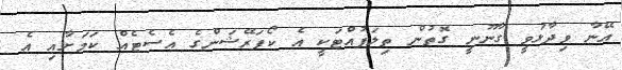
އޭނާ ވިދާޅުވީ ގާނޫނީ ގޮތުން ތިލަފުއްޓަކީ އެ ކޯޕަރޭޝަންގެ އެސެޓެއް ކަމަށާއި އެ